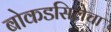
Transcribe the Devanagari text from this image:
बोकडसिलेचा